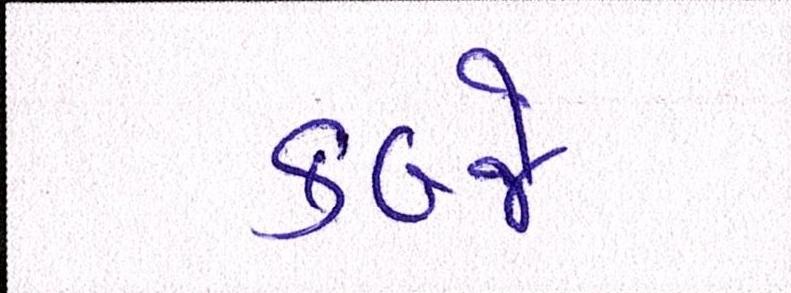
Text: કબ્જે